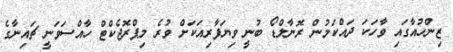
ޒިންހުއާގައި ވާހަކަ ދައްކަމުން ރޮނާލްޑޯ ބުނީ ވިޔަފާރިއަކަށް ވުރެ މިޕްރޮޖެކްޓް ހާއްސަވަނީ ޗައިނާގެ